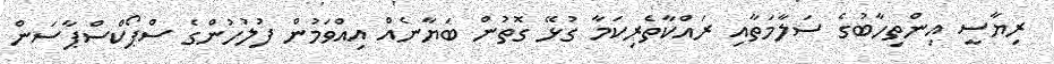
ރިޔާސީ އިންތިހާބުގެ ސަލާމަތާއި ރައްކާތެރިކަމާ ގުޅޭ ގޮތުން ބަޔާނެއް އިއްވަމުން ފުލުހުންގެ ސްޕޯކްސްޕާސަން